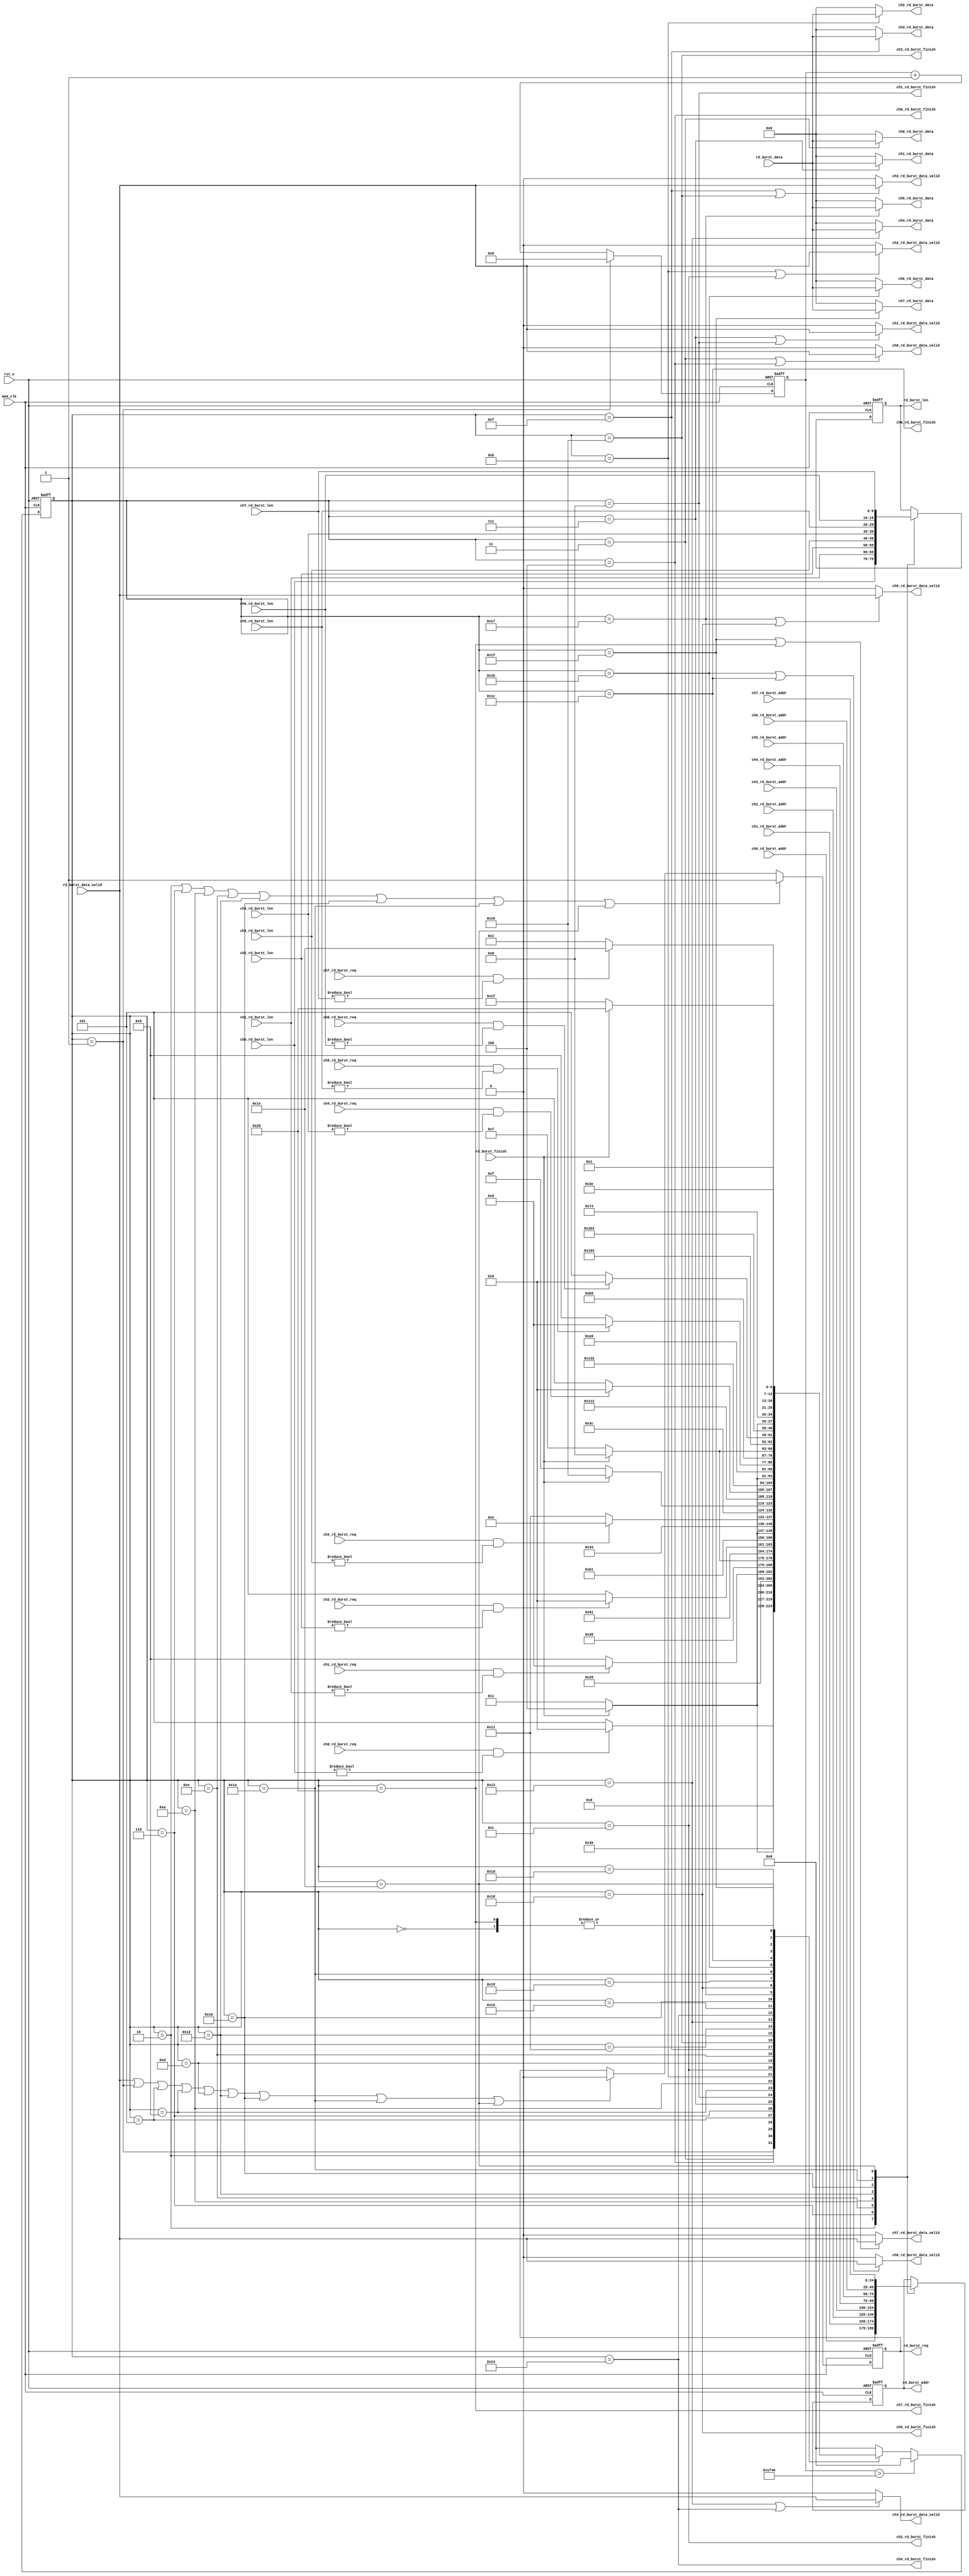
/**/
module mem_read_arbi_verb
#(
	parameter 	MEM_DATA_BITS 	= 32,
	parameter 	ADDR_BITS		= 25,
	parameter	PINTS			= 8
)
(
	input 						rst_n,
	input 						mem_clk,
	input 						ch0_rd_burst_req,
	input[9:0] 					ch0_rd_burst_len,
	input[ADDR_BITS-1:0] 		ch0_rd_burst_addr,
	output 						ch0_rd_burst_data_valid,
	output[MEM_DATA_BITS - 1:0] ch0_rd_burst_data,
	output 						ch0_rd_burst_finish,
	
	input 						ch1_rd_burst_req,
	input[9:0] 					ch1_rd_burst_len,
	input[ADDR_BITS-1:0] 		ch1_rd_burst_addr,
	output 						ch1_rd_burst_data_valid,
	output[MEM_DATA_BITS - 1:0] ch1_rd_burst_data,
	output 						ch1_rd_burst_finish,
	
	input 						ch2_rd_burst_req,
	input[9:0] 					ch2_rd_burst_len,
	input[ADDR_BITS-1:0] 		ch2_rd_burst_addr,
	output 						ch2_rd_burst_data_valid,
	output[MEM_DATA_BITS - 1:0] ch2_rd_burst_data,
	output 						ch2_rd_burst_finish,
	
	input 						ch3_rd_burst_req,
	input[9:0] 					ch3_rd_burst_len,
	input[ADDR_BITS-1:0] 		ch3_rd_burst_addr,
	output 						ch3_rd_burst_data_valid,
	output[MEM_DATA_BITS - 1:0] ch3_rd_burst_data,
	output 						ch3_rd_burst_finish,

	input 						ch4_rd_burst_req,
	input[9:0] 					ch4_rd_burst_len,
	input[ADDR_BITS-1:0] 		ch4_rd_burst_addr,
	output 						ch4_rd_burst_data_valid,
	output[MEM_DATA_BITS - 1:0] ch4_rd_burst_data,
	output 						ch4_rd_burst_finish,
	
	input 						ch5_rd_burst_req,
	input[9:0] 					ch5_rd_burst_len,
	input[ADDR_BITS-1:0] 		ch5_rd_burst_addr,
	output 						ch5_rd_burst_data_valid,
	output[MEM_DATA_BITS - 1:0] ch5_rd_burst_data,
	output 						ch5_rd_burst_finish,
	
	input 						ch6_rd_burst_req,
	input[9:0] 					ch6_rd_burst_len,
	input[ADDR_BITS-1:0] 		ch6_rd_burst_addr,
	output 						ch6_rd_burst_data_valid,
	output[MEM_DATA_BITS - 1:0] ch6_rd_burst_data,
	output 						ch6_rd_burst_finish,
	
	input 						ch7_rd_burst_req,
	input[9:0] 					ch7_rd_burst_len,
	input[ADDR_BITS-1:0] 		ch7_rd_burst_addr,
	output 						ch7_rd_burst_data_valid,
	output[MEM_DATA_BITS - 1:0] ch7_rd_burst_data,
	output 						ch7_rd_burst_finish,
	///////////////////////////////////////////
	output reg 					rd_burst_req,
	output reg[9:0] 			rd_burst_len,
	output reg[ADDR_BITS-1:0] 	rd_burst_addr,
	input 						rd_burst_data_valid,
	input[MEM_DATA_BITS - 1:0] 	rd_burst_data,
	input 						rd_burst_finish	
);

reg[6:0] read_state = 7'd0;
reg[6:0] read_state_next = 7'd0;
reg[15:0] cnt_timer = 15'd0;
localparam IDLE = 6'd0;

localparam CH0_CHECK 	= 7'd1;
localparam CH0_BEGIN 	= 7'd2;
localparam CH0_READ 	= 7'd3;
localparam CH0_END 		= 7'd4;

localparam CH1_CHECK 	= 7'd5;
localparam CH1_BEGIN 	= 7'd6;
localparam CH1_READ 	= 7'd7;
localparam CH1_END 		= 7'd8;

localparam CH2_CHECK 	= 7'd9;
localparam CH2_BEGIN 	= 7'd10;
localparam CH2_READ		= 7'd11;
localparam CH2_END 		= 7'd12;

localparam CH3_CHECK 	= 7'd13;
localparam CH3_BEGIN 	= 7'd14;
localparam CH3_READ 	= 7'd15;
localparam CH3_END 		= 7'd16;

localparam CH4_CHECK 	= 7'd1+7'd16;
localparam CH4_BEGIN 	= 7'd2+7'd16;
localparam CH4_READ 	= 7'd3+7'd16;
localparam CH4_END 		= 7'd4+7'd16;

localparam CH5_CHECK 	= 6'd5+7'd16;
localparam CH5_BEGIN 	= 6'd6+7'd16;
localparam CH5_READ 	= 6'd7+7'd16;
localparam CH5_END 		= 6'd8+7'd16;

localparam CH6_CHECK 	= 6'd9 +7'd16;
localparam CH6_BEGIN 	= 6'd10+7'd16;
localparam CH6_READ 	= 6'd11+7'd16;
localparam CH6_END 		= 6'd12+7'd16;

localparam CH7_CHECK 	= 6'd13+7'd16;
localparam CH7_BEGIN 	= 6'd14+7'd16;
localparam CH7_READ 	= 6'd15+7'd16;
localparam CH7_END 		= 6'd16+7'd16;


always@(posedge mem_clk or negedge rst_n)
begin
	if(~rst_n)
		read_state <= IDLE;
	else if(cnt_timer > 16'd8000)
		read_state <= IDLE;
	else
		read_state <= read_state_next;
end

always@(posedge mem_clk or negedge rst_n)
begin
	if(~rst_n)
		cnt_timer <= 16'd0;
	else if(read_state == CH0_CHECK)
		cnt_timer <= 16'd0;
	else
		cnt_timer <= cnt_timer + 16'd1;
end

always@(*)
begin
	case(read_state)
		IDLE:
			read_state_next <= CH0_CHECK;
		//-------->> 0-3 <<----------
		CH0_CHECK:
			if(ch0_rd_burst_req && ch0_rd_burst_len != 10'd0)
				read_state_next <= CH0_BEGIN;
			else
				read_state_next <= CH1_CHECK;
		CH0_BEGIN:
			read_state_next <= CH0_READ;
		CH0_READ:
			if(rd_burst_finish)
				read_state_next <= CH0_END;
			else
				read_state_next <= CH0_READ;
		CH0_END:
			read_state_next <= CH1_CHECK;
		//	
		CH1_CHECK:
			if(ch1_rd_burst_req && ch1_rd_burst_len != 10'd0)
				read_state_next <= CH1_BEGIN;
			else
				read_state_next <= (PINTS!=2)? CH2_CHECK : CH0_CHECK;
		CH1_BEGIN:
			read_state_next <= CH1_READ;
		CH1_READ:
			if(rd_burst_finish)
				read_state_next <= CH1_END;
			else
				read_state_next <= CH1_READ;
		CH1_END:
			read_state_next <= (PINTS!=2)? CH2_CHECK : CH0_CHECK;
		//	
		CH2_CHECK:
			if(ch2_rd_burst_req  && ch2_rd_burst_len != 10'd0)
				read_state_next <= CH2_BEGIN;
			else
				read_state_next <= (PINTS!=3)? CH3_CHECK : CH0_CHECK;
		CH2_BEGIN:
			read_state_next <= CH2_READ;
		CH2_READ:
			if(rd_burst_finish)
				read_state_next <= CH2_END;
			else
				read_state_next <= CH2_READ;
		CH2_END:
			read_state_next <= (PINTS!=3)? CH3_CHECK : CH0_CHECK;
		//	
		CH3_CHECK:
			if(ch3_rd_burst_req  && ch3_rd_burst_len != 10'd0)
				read_state_next <= CH3_BEGIN;
			else
				read_state_next <= (PINTS!=4)? CH4_CHECK : CH0_CHECK;
		CH3_BEGIN:
			read_state_next <= CH3_READ;
		CH3_READ:
			if(rd_burst_finish)
				read_state_next <= CH3_END;
			else
				read_state_next <= CH3_READ;
		CH3_END:
			read_state_next <= (PINTS!=4)? CH4_CHECK : CH0_CHECK;	
		//----<< 0 - 3>> -----	
		//-------->> 4 - 7 <<----------
		CH4_CHECK:
			if(ch4_rd_burst_req && ch4_rd_burst_len != 10'd0)
				read_state_next <= CH4_BEGIN;
			else
				read_state_next <= (PINTS!=5)? CH5_CHECK : CH0_CHECK;
		CH4_BEGIN:
			read_state_next <= CH4_READ;
		CH4_READ:
			if(rd_burst_finish)
				read_state_next <= CH4_END;
			else
				read_state_next <= CH4_READ;
		CH4_END:
			read_state_next <= (PINTS!=5)? CH5_CHECK : CH0_CHECK;
		//	
		CH5_CHECK:
			if(ch5_rd_burst_req && ch5_rd_burst_len != 10'd0)
				read_state_next <= CH5_BEGIN;
			else
				read_state_next <= (PINTS!=6)? CH6_CHECK : CH0_CHECK;
		CH5_BEGIN:
			read_state_next <= CH5_READ;
		CH5_READ:
			if(rd_burst_finish)
				read_state_next <= CH5_END;
			else
				read_state_next <= CH5_READ;
		CH5_END:
			read_state_next <= (PINTS!=6)? CH6_CHECK : CH0_CHECK;
		//	
		CH6_CHECK:
			if(ch6_rd_burst_req  && ch6_rd_burst_len != 10'd0)
				read_state_next <= CH6_BEGIN;
			else
				read_state_next <= (PINTS!=7)? CH7_CHECK : CH0_CHECK;
		CH6_BEGIN:
			read_state_next <= CH6_READ;
		CH6_READ:
			if(rd_burst_finish)
				read_state_next <= CH6_END;
			else
				read_state_next <= CH6_READ;
		CH6_END:
			read_state_next <= (PINTS!=7)? CH7_CHECK : CH0_CHECK;
		//	
		CH7_CHECK:
			if(ch7_rd_burst_req  && ch7_rd_burst_len != 10'd0)
				read_state_next <= CH7_BEGIN;
			else
				read_state_next <= CH0_CHECK;
		CH7_BEGIN:
			read_state_next <= CH7_READ;
		CH7_READ:
			if(rd_burst_finish)
				read_state_next <= CH7_END;
			else
				read_state_next <= CH7_READ;
		CH7_END:
			read_state_next <= CH0_CHECK;	
		//----<< 4 - 7>> -----	
		default:
			read_state_next <= IDLE;
	endcase
end

always@(posedge mem_clk or negedge rst_n)
begin
	if(~rst_n)
		begin
			rd_burst_len <= 10'd0;
			rd_burst_addr <= {ADDR_BITS{1'b0}};  
		end
	else
		begin
			case(read_state)
				CH0_BEGIN:
					begin
						rd_burst_len <= ch0_rd_burst_len;
						rd_burst_addr <= ch0_rd_burst_addr;
					end
				CH1_BEGIN:
					begin
						rd_burst_len <= ch1_rd_burst_len;
						rd_burst_addr <= ch1_rd_burst_addr;
					end
				CH2_BEGIN:
					begin
						rd_burst_len <= ch2_rd_burst_len;
						rd_burst_addr <= ch2_rd_burst_addr;
					end
				CH3_BEGIN:
					begin
						rd_burst_len <= ch3_rd_burst_len;
						rd_burst_addr <= ch3_rd_burst_addr;
					end
				CH4_BEGIN:
					begin
						rd_burst_len <= ch4_rd_burst_len;
						rd_burst_addr <= ch4_rd_burst_addr;
					end
				CH5_BEGIN:
					begin
						rd_burst_len <= ch5_rd_burst_len;
						rd_burst_addr <= ch5_rd_burst_addr;
					end
				CH6_BEGIN:
					begin
						rd_burst_len <= ch6_rd_burst_len;
						rd_burst_addr <= ch6_rd_burst_addr;
					end
				CH7_BEGIN:
					begin
						rd_burst_len <= ch7_rd_burst_len;
						rd_burst_addr <= ch7_rd_burst_addr;
					end
				default:
					begin
						rd_burst_len <= rd_burst_len;
						rd_burst_addr <= rd_burst_addr;
					end
			endcase
		end
end

always@(posedge mem_clk or negedge rst_n)
begin
	if(~rst_n)
		rd_burst_req <= 1'b0;
	else if(read_state == 	CH0_BEGIN || read_state == CH1_BEGIN || read_state == CH2_BEGIN || read_state == CH3_BEGIN ||
			read_state ==	CH4_BEGIN || read_state == CH5_BEGIN || read_state == CH6_BEGIN || read_state == CH7_BEGIN)
		rd_burst_req <= 1'b1;
	else if(rd_burst_data_valid || read_state == CH0_CHECK  || read_state == CH1_CHECK  
								|| read_state == CH2_CHECK  || read_state == CH3_CHECK
								|| read_state == CH4_BEGIN  || read_state == CH5_BEGIN 
								|| read_state == CH6_BEGIN  || read_state == CH7_BEGIN)
		rd_burst_req <= 1'b0;
	else
		rd_burst_req <= rd_burst_req;
end
//---->> 0 -3 <<----
assign ch0_rd_burst_finish = (read_state == CH0_END);
assign ch1_rd_burst_finish = (read_state == CH1_END);
assign ch2_rd_burst_finish = (read_state == CH2_END);
assign ch3_rd_burst_finish = (read_state == CH3_END);

assign ch0_rd_burst_data_valid = (read_state == CH0_READ || read_state == CH0_END) ? rd_burst_data_valid : 1'b0;
assign ch1_rd_burst_data_valid = (read_state == CH1_READ || read_state == CH1_END) ? rd_burst_data_valid : 1'b0;
assign ch2_rd_burst_data_valid = (read_state == CH2_READ || read_state == CH2_END) ? rd_burst_data_valid : 1'b0;
assign ch3_rd_burst_data_valid = (read_state == CH3_READ || read_state == CH3_END) ? rd_burst_data_valid : 1'b0;

assign ch0_rd_burst_data = (read_state == CH0_READ) ? rd_burst_data : {MEM_DATA_BITS{1'd0}};
assign ch1_rd_burst_data = (read_state == CH1_READ) ? rd_burst_data : {MEM_DATA_BITS{1'd0}};
assign ch2_rd_burst_data = (read_state == CH2_READ) ? rd_burst_data : {MEM_DATA_BITS{1'd0}};
assign ch3_rd_burst_data = (read_state == CH3_READ) ? rd_burst_data : {MEM_DATA_BITS{1'd0}};
//------<< 0 - 3 >>----
//------>> 4 - 7 <<---- 
assign ch4_rd_burst_finish = (read_state == CH4_END);
assign ch5_rd_burst_finish = (read_state == CH5_END);
assign ch6_rd_burst_finish = (read_state == CH6_END);
assign ch7_rd_burst_finish = (read_state == CH7_END);

assign ch4_rd_burst_data_valid = (read_state == CH4_READ || read_state == CH4_END) ? rd_burst_data_valid : 1'b0;
assign ch5_rd_burst_data_valid = (read_state == CH5_READ || read_state == CH5_END) ? rd_burst_data_valid : 1'b0;
assign ch6_rd_burst_data_valid = (read_state == CH6_READ || read_state == CH6_END) ? rd_burst_data_valid : 1'b0;
assign ch7_rd_burst_data_valid = (read_state == CH7_READ || read_state == CH7_END) ? rd_burst_data_valid : 1'b0;

assign ch4_rd_burst_data = (read_state == CH4_READ) ? rd_burst_data : {MEM_DATA_BITS{1'd0}};
assign ch5_rd_burst_data = (read_state == CH5_READ) ? rd_burst_data : {MEM_DATA_BITS{1'd0}};
assign ch6_rd_burst_data = (read_state == CH6_READ) ? rd_burst_data : {MEM_DATA_BITS{1'd0}};
assign ch7_rd_burst_data = (read_state == CH7_READ) ? rd_burst_data : {MEM_DATA_BITS{1'd0}};
//------<< 4 - 7 >>----
endmodule